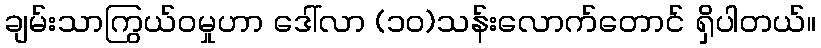
ချမ်းသာကြွယ်ဝမှုဟာ ဒေါ်လာ (၁၀)သန်းလောက်တောင် ရှိပါတယ်။